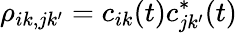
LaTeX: \rho_{ik,jk^{\prime}}=c_{ik}(t)c_{jk^{\prime}}^{\ast}(t)